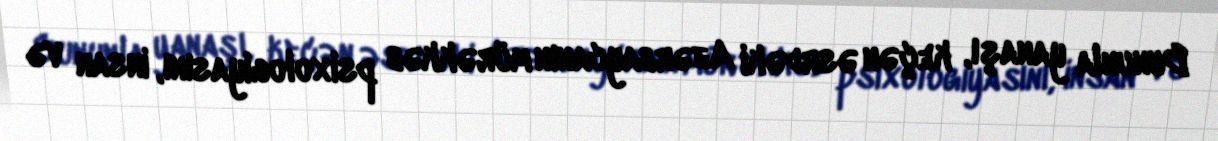
Bununla yanaşı, keçən əsrdəki Azərbaycanın mürəkkəb psixologiyasını, insan və